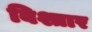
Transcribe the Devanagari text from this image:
बिश्तार